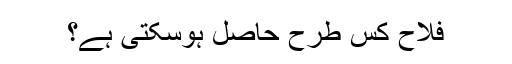
فلاح کس طرح حاصل ہوسکتی ہے؟